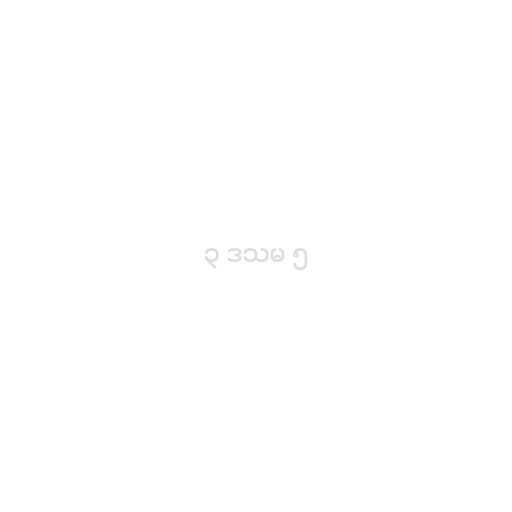
၃ ဒသမ ၅